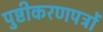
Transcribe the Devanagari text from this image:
पुष्टीकरणपत्रों